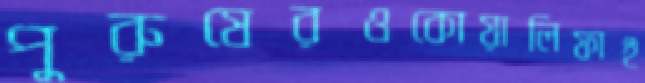
পুরুষেরওকোয়ালিফাই